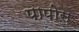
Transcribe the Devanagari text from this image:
पापोस़